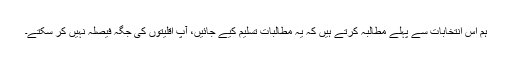
ہم اس انتخابات سے پہلے مطالبہ کرتے ہیں کہ یہ مطالبات تسلیم کیے جائیں، آپ اقلیتوں کی جگہ فیصلہ نہیں کر سکتے۔